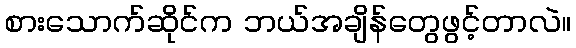
စားသောက်ဆိုင်က ဘယ်အချိန်တွေဖွင့်တာလဲ။